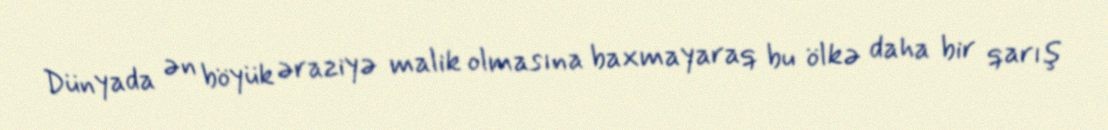
Dünyada ən böyük əraziyə malik olmasına baxmayaraq bu ölkə daha bir qarış